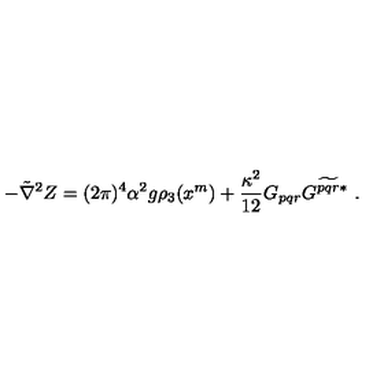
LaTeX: - \tilde { \nabla } ^ { 2 } Z = ( 2 \pi ) ^ { 4 } \alpha ^ { 2 } g \rho _ { 3 } ( x ^ { m } ) + \frac { \kappa ^ { 2 } } { 1 2 } G _ { p q r } G ^ { \widetilde { p q r } * } \ .